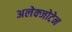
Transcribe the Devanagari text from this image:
अलेक्जोटेन